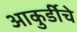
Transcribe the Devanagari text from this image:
आकुर्डीचे